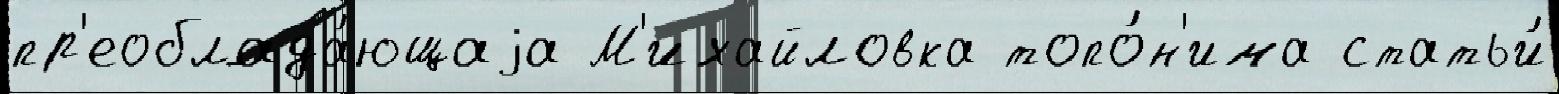
пр'еоблада́ющаjа М'ихайловка топо́н'има статьи́